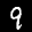
Digit: 9